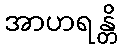
အာဟရန္တိ